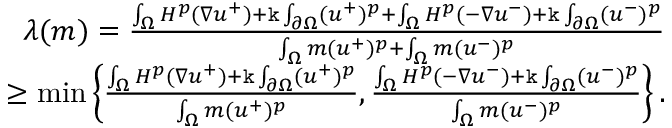
\begin{array} { r } { \lambda ( m ) = \frac { \int _ { \Omega } H ^ { p } ( \nabla u ^ { + } ) + \mathtt k \int _ { \partial \Omega } ( u ^ { + } ) ^ { p } + \int _ { \Omega } H ^ { p } ( - \nabla u ^ { - } ) + \mathtt k \int _ { \partial \Omega } ( u ^ { - } ) ^ { p } } { \int _ { \Omega } m ( u ^ { + } ) ^ { p } + \int _ { \Omega } m ( u ^ { - } ) ^ { p } } } \\ { \geq \operatorname* { m i n } \left\{ \frac { \int _ { \Omega } H ^ { p } ( \nabla u ^ { + } ) + \mathtt k \int _ { \partial \Omega } ( u ^ { + } ) ^ { p } } { \int _ { \Omega } m ( u ^ { + } ) ^ { p } } , \frac { \int _ { \Omega } H ^ { p } ( - \nabla u ^ { - } ) + \mathtt k \int _ { \partial \Omega } ( u ^ { - } ) ^ { p } } { \int _ { \Omega } m ( u ^ { - } ) ^ { p } } \right\} . } \end{array}